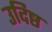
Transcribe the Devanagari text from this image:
उदिष्ठ